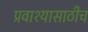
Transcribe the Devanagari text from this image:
प्रवाश्यासाठीच